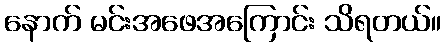
နောက် မင်းအဖေအကြောင်း သိရတယ်။